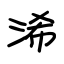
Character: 浠